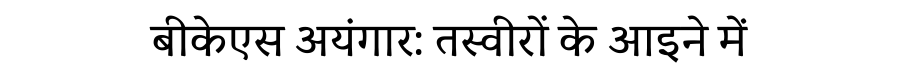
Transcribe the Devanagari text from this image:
बीकेएस अयंगार: तस्वीरों के आइने में